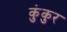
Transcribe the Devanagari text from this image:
कुंकुर